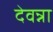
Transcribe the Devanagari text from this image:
देवन्ना